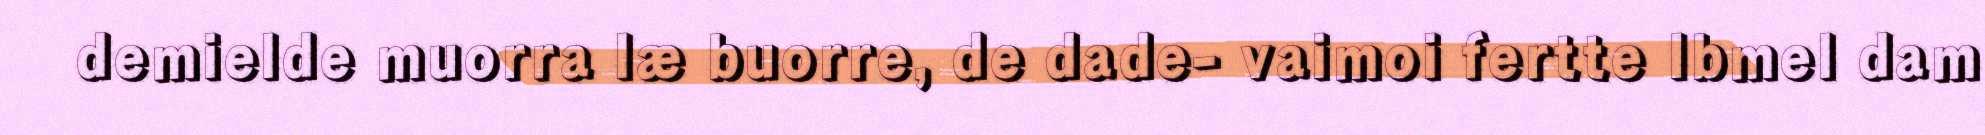
demielde muorra læ buorre, de dade- vaimoi fertte Ibmel dam